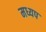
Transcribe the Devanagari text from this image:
मध्यप